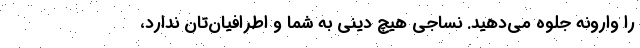
را وارونه جلوه می‌دهید. نساجی هیچ دینی به شما و اطرافیان‌تان ندارد،